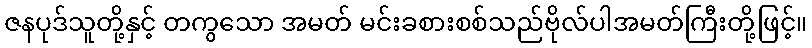
ဇနပုဒ်သူတို့နှင့် တကွသော အမတ် မင်းခစားစစ်သည်ဗိုလ်ပါအမတ်ကြီးတို့ဖြင့်။